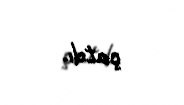
çatdı.